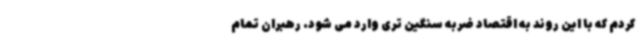
کردم که با این روند به اقتصاد ضربه سنگین تری وارد می شود. رهبران تمام